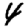
Digit: 4